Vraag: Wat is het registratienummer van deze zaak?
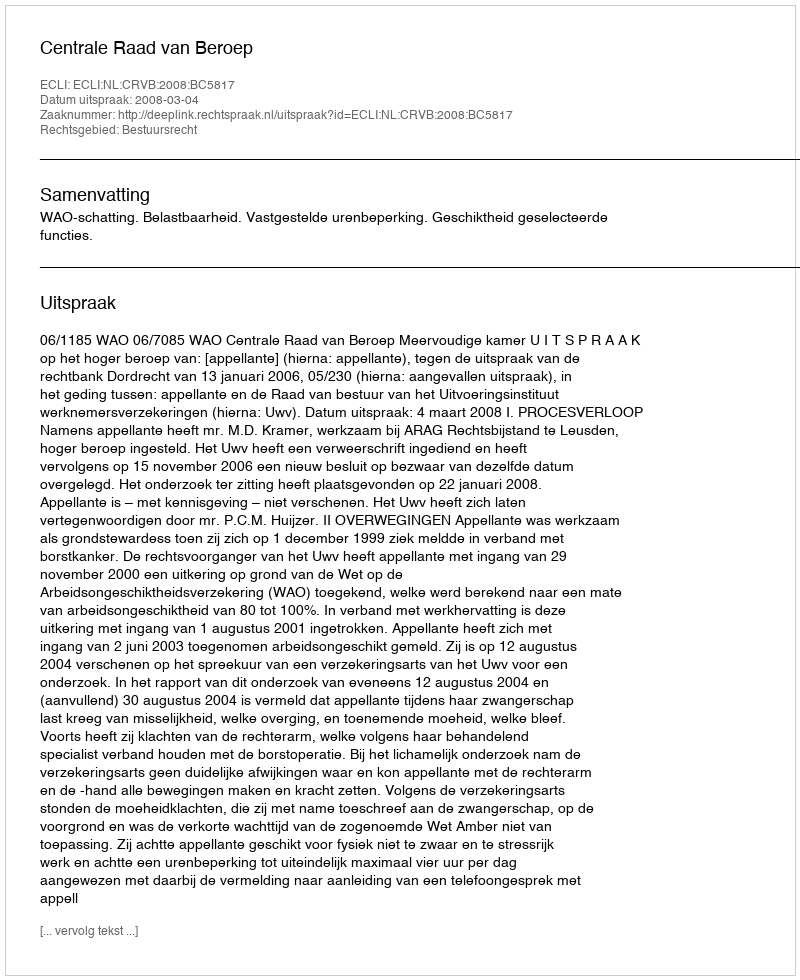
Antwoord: http://deeplink.rechtspraak.nl/uitspraak?id=ECLI:NL:CRVB:2008:BC5817